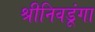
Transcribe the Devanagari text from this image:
श्रीनिवडूंगा